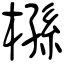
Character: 槂